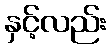
နှင့်လည်း